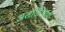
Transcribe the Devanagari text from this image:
अलगिरिसामी